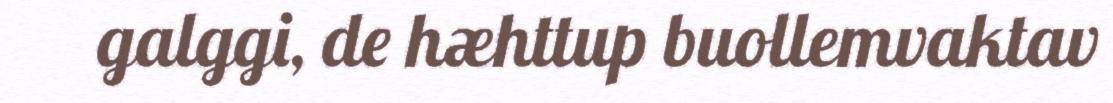
galggi, de hæhttup buollemvaktav